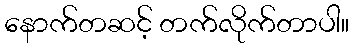
နောက်တဆင့် တက်လိုက်တာပါ။